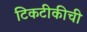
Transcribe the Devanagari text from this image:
टिकटीकीची